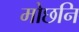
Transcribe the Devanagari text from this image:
मोछनि